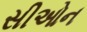
સીઓન